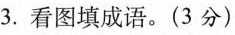
3.看图填成语。(3分)